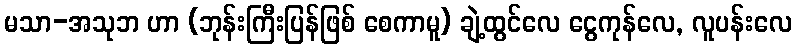
မသာ-အသုဘ ဟာ (ဘုန်းကြီးပြန်ဖြစ် စေကာမူ) ချဲ့ထွင်လေ ငွေကုန်လေ, လူပန်းလေ